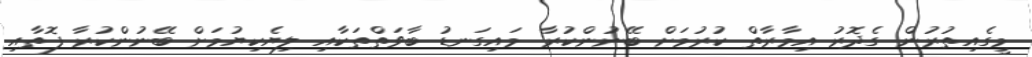
މީގެއިތުރުން ގެދޮރު އިމާރާތް ކުރުމަށް ބޭނުންކުރާ މައިގަނޑު ބާވަތްތަކާއި ލިޔެކިޔުމަށް ބޭނުންކުރާ ފޮތާއި